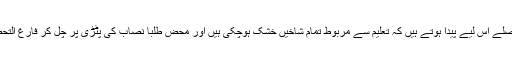
اس قسم کے فاصلے اس لیے پیدا ہوتے ہیں کہ تعلیم سے مربوط تمام شاخیں خشک ہوچکی ہیں اور محض طلبا نصاب کی پٹڑی پر چل کر فارغ التحصیل ہوتے ہیں۔